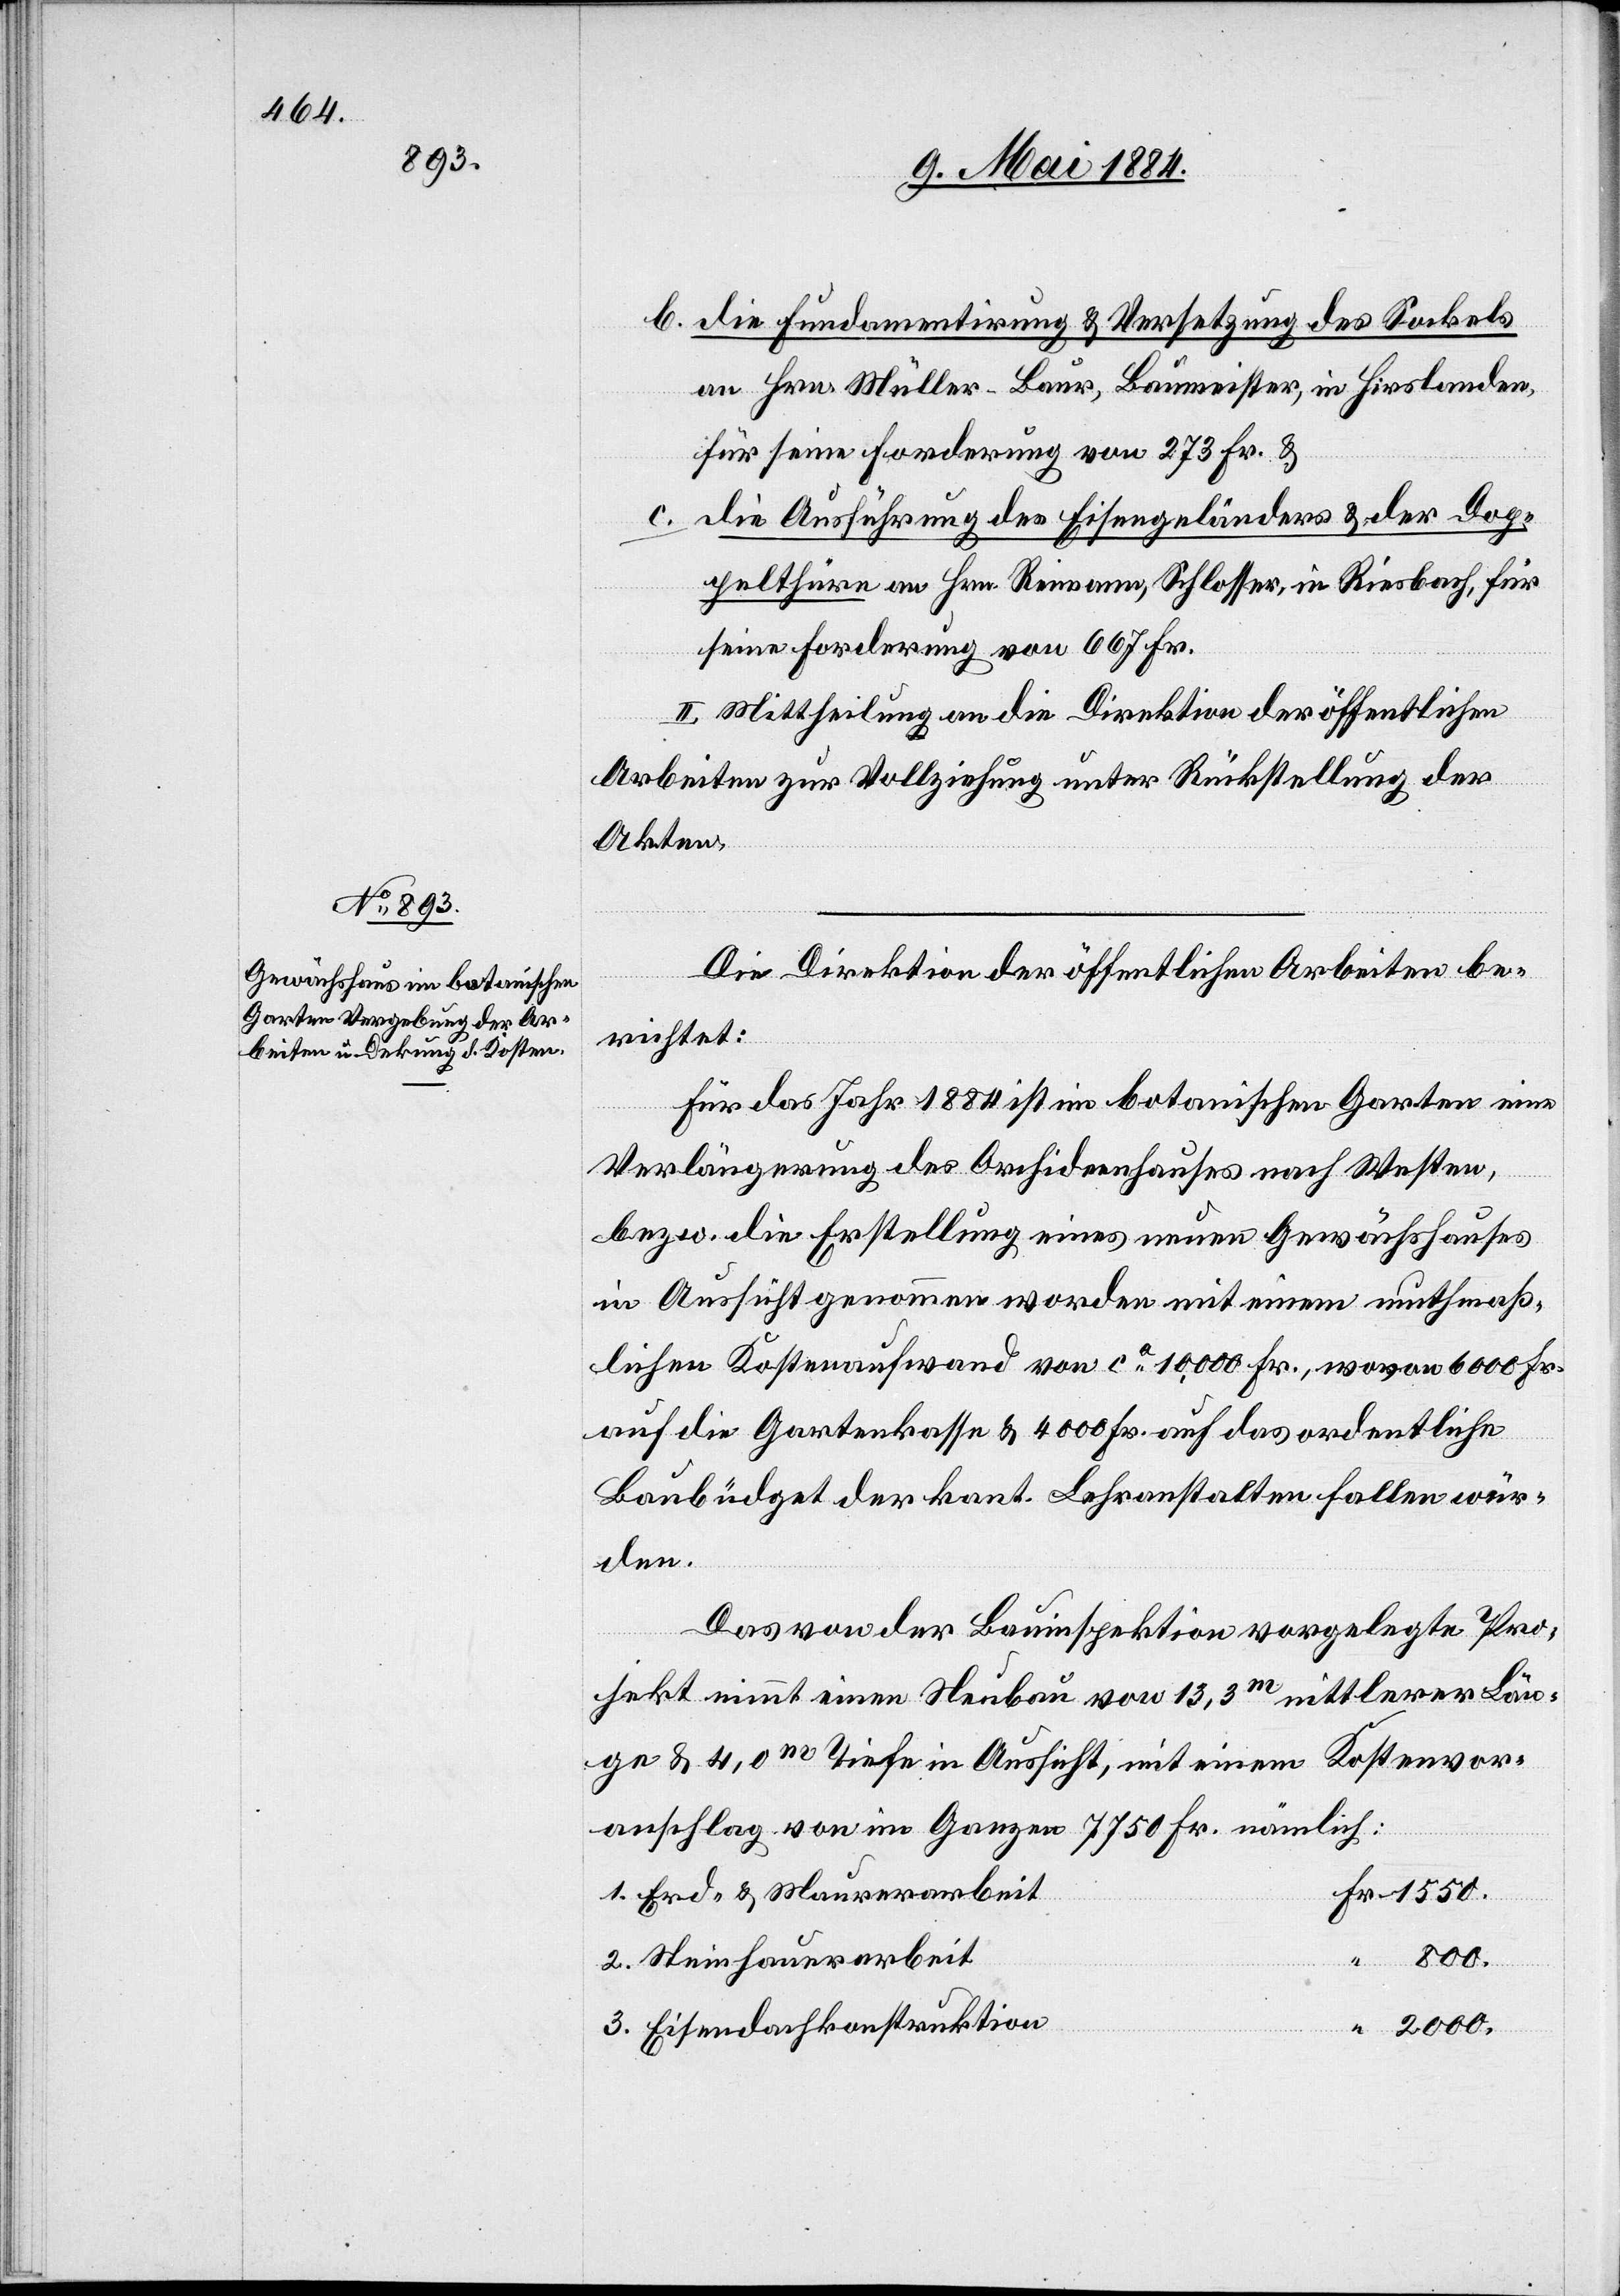
b. die Fundamentirung & Versetzung des Sockels
an Hrn. Müller-Baur, Baumeister in Hirslanden,
für seine Forderung von 273 Fr. &
c. die Ausführung des Eisengeländers & der Dop¬
pelthüre an Hrn. Reimann, Schlosser, in Riesbach, für
seine Forderung von 667 Fr.
II. Mittheilung an die Direktion der öffentlichen
Arbeiten zur Vollziehung unter Rückstellung der
Akten.
Die Direktion der öffentlichen Arbeiten be¬
richtet:
Für das Jahr 1884 ist im botanischen Garten eine
Verlängerung des Orchideenhauses nach Westen,
bezw. die Erstellung eines neuen Gewächshauses
in Aussicht genommen worden mit einem muthmaß¬
lichen Kostenaufwand von ca 10,000 Fr., wovon 6000 Fr.
auf die Gartenkasse & 4000 Fr. auf das ordentliche
Baubüdget der kant. Lehranstalten fallen wür¬
den.
Das von der Bauinspektion vorgelegte Pro¬
jekt nimmt einen Neubau von 13,3m mittlerer Län¬
ge & 4,0m Tiefe in Aussicht, mit einem Kostenvor¬
anschlag von im Ganzen 7750 Fr. nämlich:
1. Erd- & Maurerarbeit
“
2000.
2. Steinhauerarbeit
3. Eisendachkonstruktion